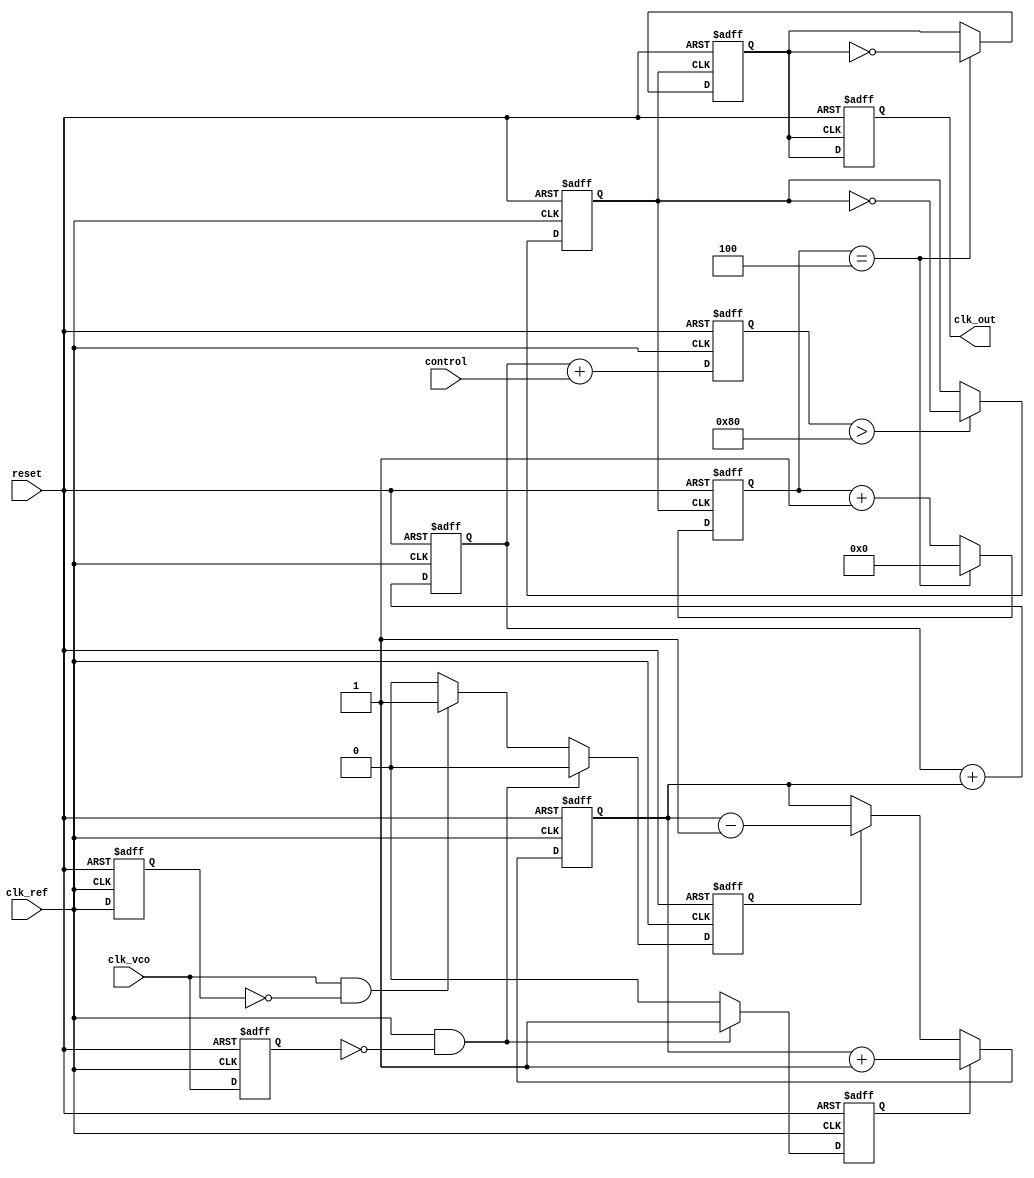
module ADPLL (
    input wire clk_ref,          // Reference clock input
    input wire clk_vco,          // VCO output clock
    input wire reset,            // Reset signal
    input wire [7:0] control,    // Control signals for tuning
    output reg clk_out           // Output clock
);

// PFD signals
reg pfd_up, pfd_down;
reg pfd_last_ref, pfd_last_vco;

// Charge Pump signals
reg [7:0] cp_output;           // Charge pump output (control voltage)

// Loop Filter
reg [7:0] loop_filter;         // Loop filter output

// VCO
reg [7:0] vco_control;         // Control voltage for VCO
reg vco_clk;                   // VCO clock output

// Frequency Divider
reg [3:0] divider_count;       // Divider count
reg clk_div;                   // Divided clock output

// Memory Block (for storing calibration values)
reg [7:0] memory_block [0:15]; // Example memory block for calibration values

// PFD Implementation
always @(posedge clk_ref or posedge reset) begin
    if (reset) begin
        pfd_up <= 0;
        pfd_down <= 0;
        pfd_last_ref <= 0;
        pfd_last_vco <= 0;
    end else begin
        pfd_last_ref <= clk_ref;
        pfd_last_vco <= clk_vco;
        
        if (clk_ref && !pfd_last_vco) begin
            pfd_up <= 1;   // VCO is lagging
            pfd_down <= 0;
        end else if (clk_vco && !pfd_last_ref) begin
            pfd_down <= 1; // VCO is leading
            pfd_up <= 0;
        end else begin
            pfd_up <= 0;
            pfd_down <= 0;
        end
    end
end

// Charge Pump Implementation
always @(posedge clk_ref or posedge reset) begin
    if (reset) begin
        cp_output <= 0;
    end else begin
        if (pfd_up) begin
            cp_output <= cp_output + 1; // Increase control voltage
        end else if (pfd_down) begin
            cp_output <= cp_output - 1; // Decrease control voltage
        end
    end
end

// Loop Filter Implementation (simple integrator)
always @(posedge clk_ref or posedge reset) begin
    if (reset) begin
        loop_filter <= 0;
    end else begin
        loop_filter <= loop_filter + cp_output; // Integrate charge pump output
    end
end

// VCO Implementation (simple model)
always @(posedge clk_ref or posedge reset) begin
    if (reset) begin
        vco_control <= 0;
        vco_clk <= 0;
    end else begin
        vco_control <= loop_filter + control; // Adjust VCO control voltage
        // Simple VCO behavior: toggle based on control voltage
        if (vco_control > 128) begin
            vco_clk <= ~vco_clk; // Toggle VCO clock
        end
    end
end

// Frequency Divider Implementation
always @(posedge vco_clk or posedge reset) begin
    if (reset) begin
        divider_count <= 0;
        clk_div <= 0;
    end else begin
        divider_count <= divider_count + 1;
        if (divider_count == 4) begin // Divide by 4
            clk_div <= ~clk_div;
            divider_count <= 0;
        end
    end
end

// Output clock
always @(posedge clk_div or posedge reset) begin
    if (reset) begin
        clk_out <= 0;
    end else begin
        clk_out <= clk_div; // Output the divided clock
    end
end

endmodule